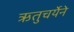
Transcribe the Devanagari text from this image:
ऋतुचर्येने